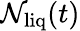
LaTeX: \mathcal{N}_{\mathrm{liq}}(t)